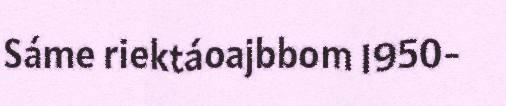
Sáme riektáoajbbom 1950-